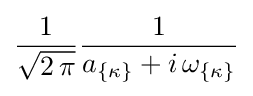
{1 \over {\sqrt {2\,\pi }}}{1 \over a_{\{\kappa \}}+i\,\omega _{\{\kappa \}}}